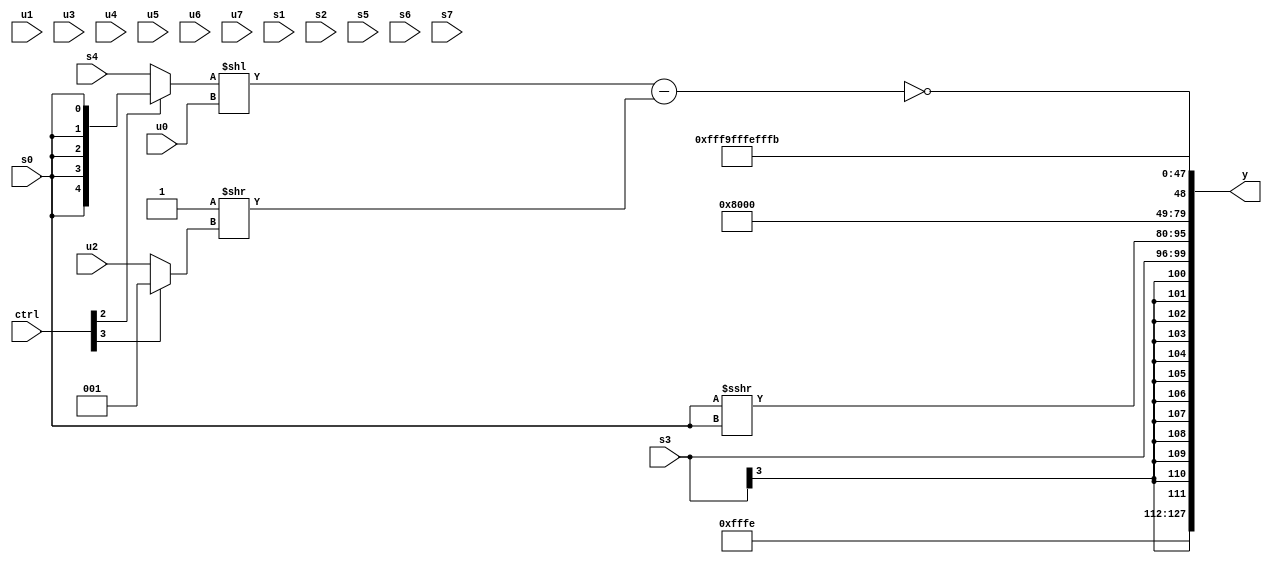
module wideexpr_00751(ctrl, u0, u1, u2, u3, u4, u5, u6, u7, s0, s1, s2, s3, s4, s5, s6, s7, y);
  input [7:0] ctrl;
  input [0:0] u0;
  input [1:0] u1;
  input [2:0] u2;
  input [3:0] u3;
  input [4:0] u4;
  input [5:0] u5;
  input [6:0] u6;
  input [7:0] u7;
  input signed [0:0] s0;
  input signed [1:0] s1;
  input signed [2:0] s2;
  input signed [3:0] s3;
  input signed [4:0] s4;
  input signed [5:0] s5;
  input signed [6:0] s6;
  input signed [7:0] s7;
  output [127:0] y;
  wire [15:0] y0;
  wire [15:0] y1;
  wire [15:0] y2;
  wire [15:0] y3;
  wire [15:0] y4;
  wire [15:0] y5;
  wire [15:0] y6;
  wire [15:0] y7;
  assign y = {y0,y1,y2,y3,y4,y5,y6,y7};
  assign y0 = 3'sb110;
  assign y1 = s3;
  assign y2 = (s0)>>>(s0);
  assign y3 = 2'sb01;
  assign y4 = ($unsigned($signed(!(((+((ctrl[2]?s0:s4)))<<(u0))-((-(2'sb01))>>($signed((ctrl[3]?1'b1:u2))))))))>>($signed(2'sb00));
  assign y5 = 4'sb1001;
  assign y6 = 3'sb110;
  assign y7 = 4'sb1011;
endmodule